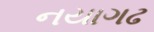
નયાગઢ